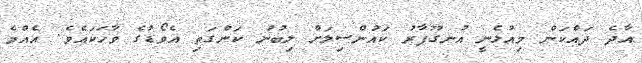
އާދެ ދައްކަން މިއުޅެނީ އުނގޫފާރު ކައުންސިލަށް ލިބުނު ކަންގަތި އެވޯޑުގެ ވާހަކައެވެ. އެއްމެ